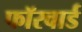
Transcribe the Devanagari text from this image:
फॉरवार्ड